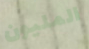
المليون